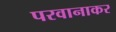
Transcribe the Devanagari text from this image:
परवानाकर